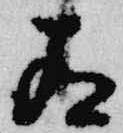
有